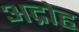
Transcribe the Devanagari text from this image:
अद्रोह